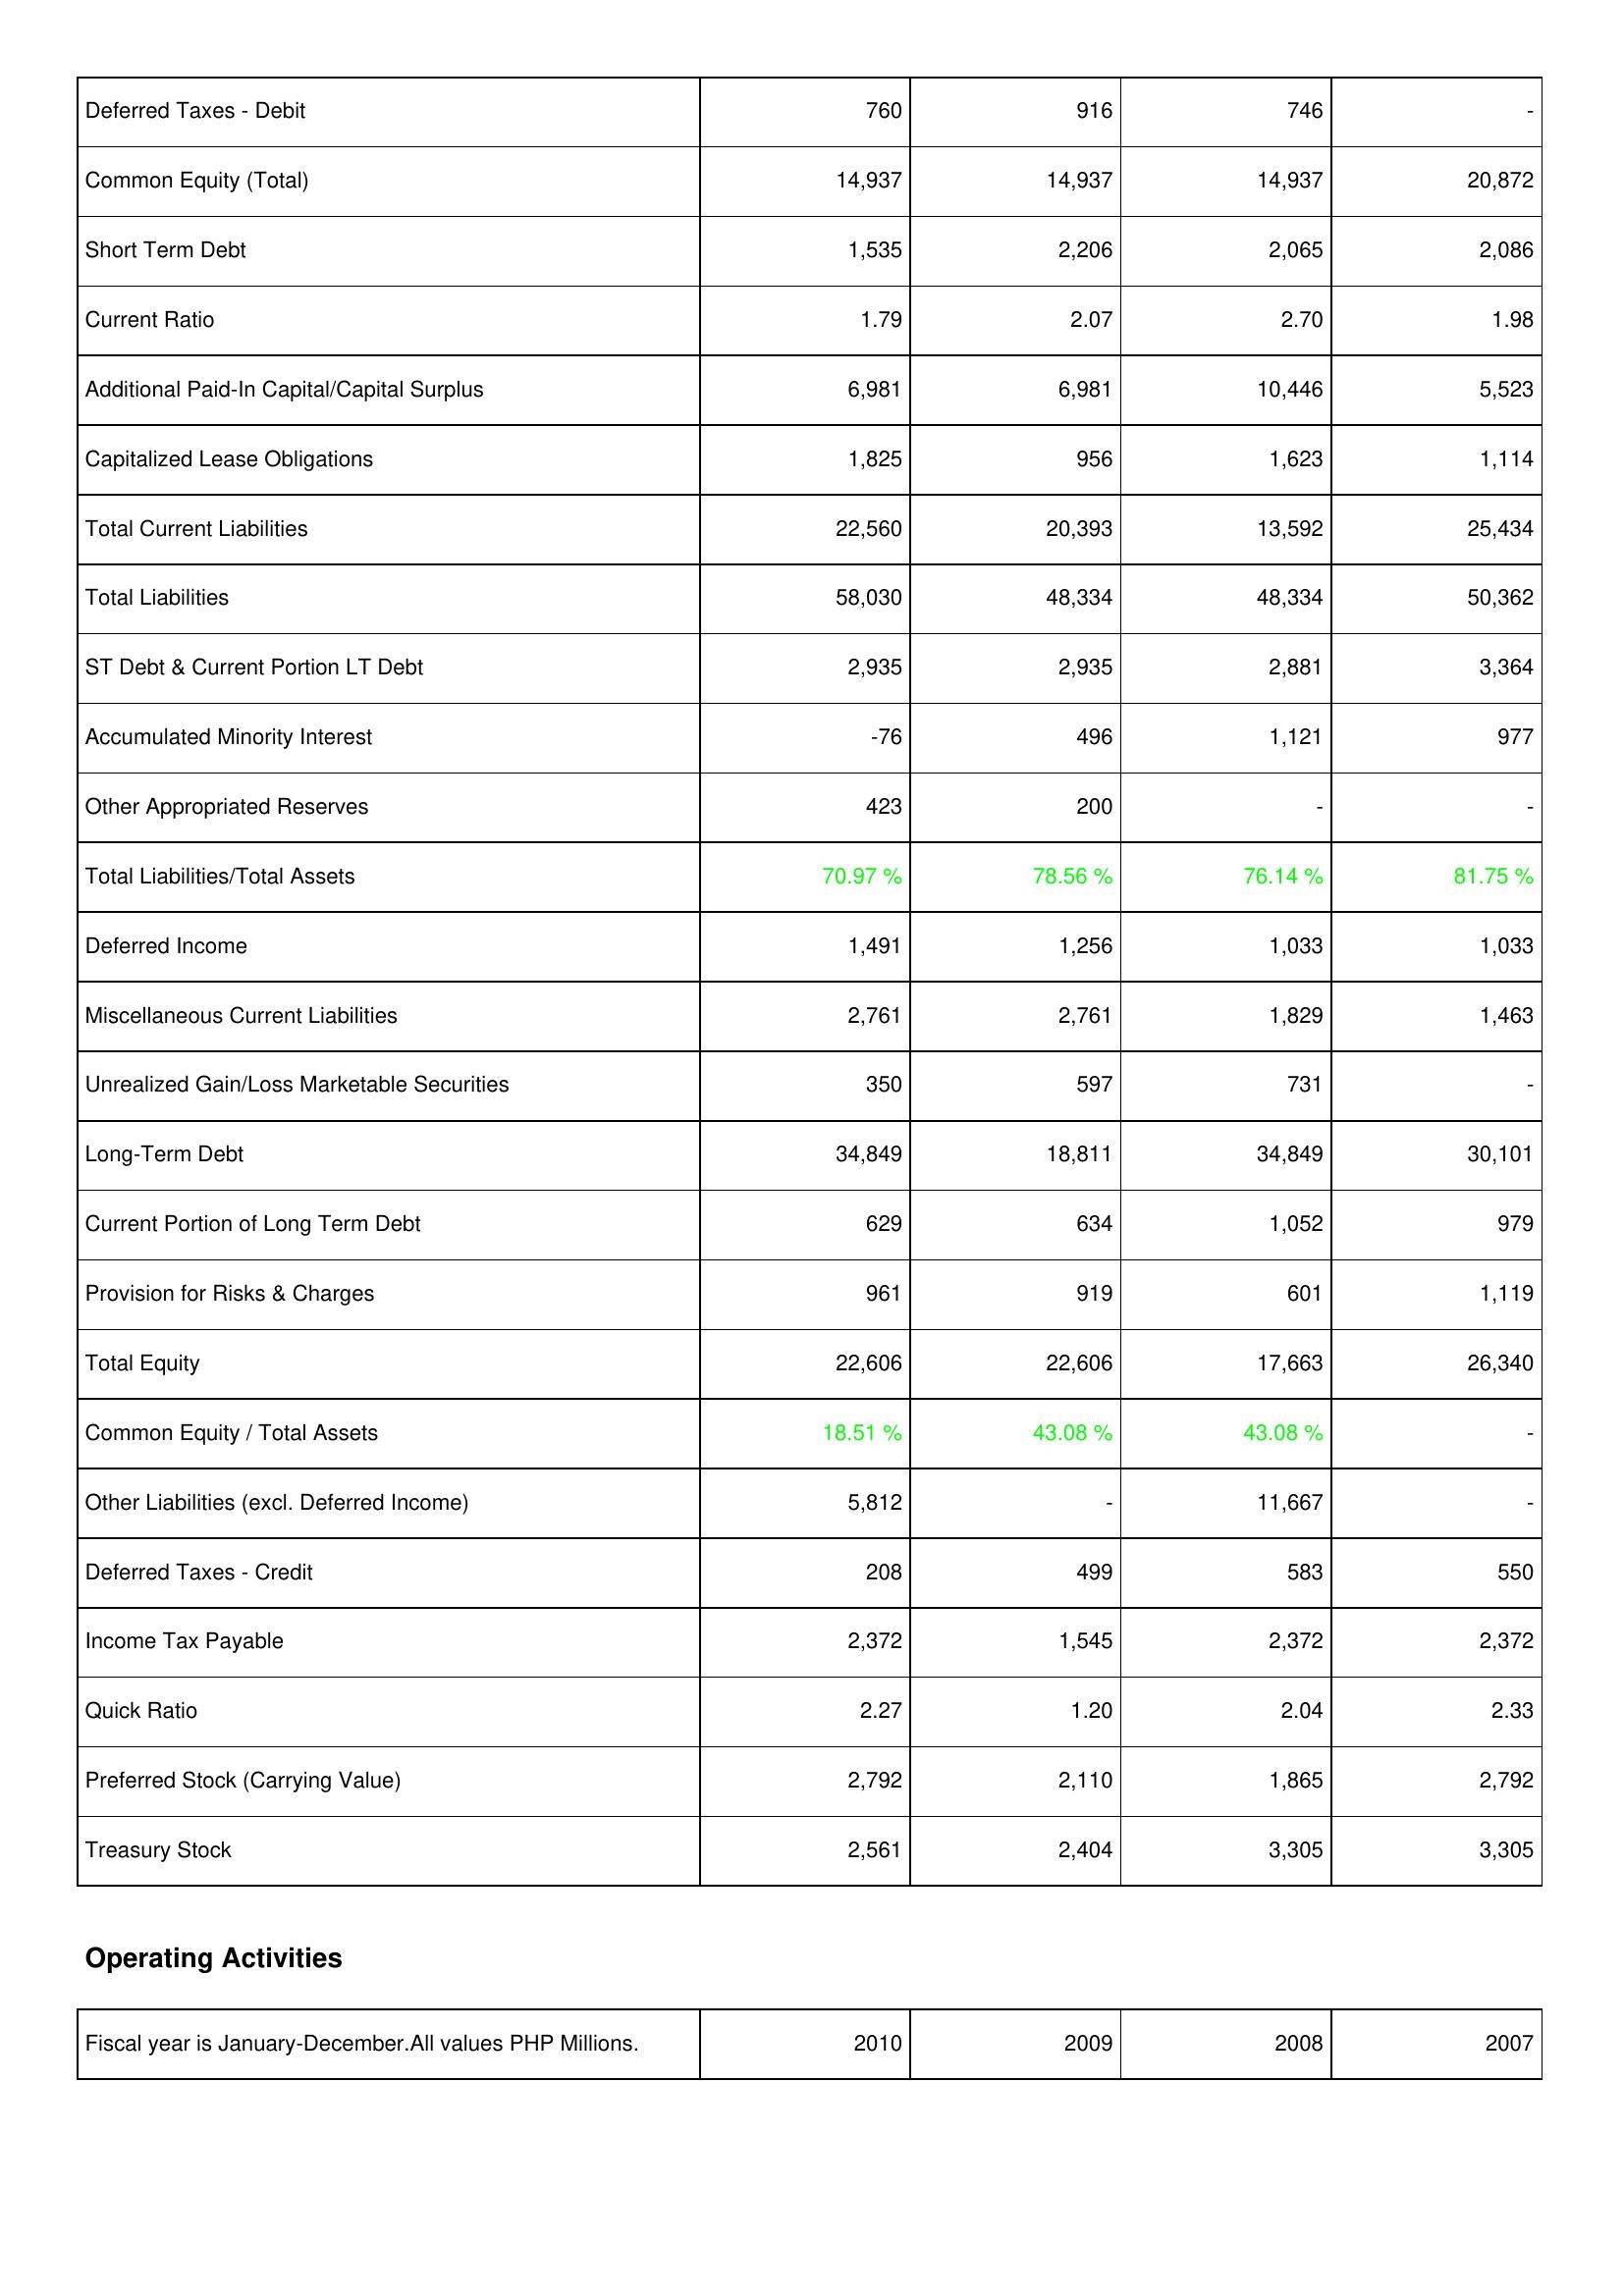
2010: Liabilities & Shareholders' Equity: Deferred Taxes - Debit: 760
Common Equity (Total): 14,937
Short Term Debt: 1,535
Current Ratio: 1.79
Additional Paid-In Capital/Capital Surplus: 6,981
Capitalized Lease Obligations: 1,825
Total Current Liabilities: 22,560
Total Liabilities: 58,030
ST Debt & Current Portion LT Debt: 2,935
Accumulated Minority Interest: -76
Other Appropriated Reserves: 423
Total Liabilities/Total Assets: 70.97 %
Deferred Income: 1,491
Miscellaneous Current Liabilities: 2,761
Unrealized Gain/Loss Marketable Securities: 350
Long-Term Debt: 34,849
Current Portion of Long Term Debt: 629
Provision for Risks & Charges: 961
Total Equity: 22,606
Common Equity / Total Assets: 18.51 %
Other Liabilities (excl. Deferred Income): 5,812
Deferred Taxes - Credit: 208
Income Tax Payable: 2,372
Quick Ratio: 2.27
Preferred Stock (Carrying Value): 2,792
Treasury Stock: 2,561
2009: Liabilities & Shareholders' Equity: Deferred Taxes - Debit: 916
Common Equity (Total): 14,937
Short Term Debt: 2,206
Current Ratio: 2.07
Additional Paid-In Capital/Capital Surplus: 6,981
Capitalized Lease Obligations: 956
Total Current Liabilities: 20,393
Total Liabilities: 48,334
ST Debt & Current Portion LT Debt: 2,935
Accumulated Minority Interest: 496
Other Appropriated Reserves: 200
Total Liabilities/Total Assets: 78.56 %
Deferred Income: 1,256
Miscellaneous Current Liabilities: 2,761
Unrealized Gain/Loss Marketable Securities: 597
Long-Term Debt: 18,811
Current Portion of Long Term Debt: 634
Provision for Risks & Charges: 919
Total Equity: 22,606
Common Equity / Total Assets: 43.08 %
Other Liabilities (excl. Deferred Income): -
Deferred Taxes - Credit: 499
Income Tax Payable: 1,545
Quick Ratio: 1.20
Preferred Stock (Carrying Value): 2,110
Treasury Stock: 2,404
2008: Liabilities & Shareholders' Equity: Deferred Taxes - Debit: 746
Common Equity (Total): 14,937
Short Term Debt: 2,065
Current Ratio: 2.70
Additional Paid-In Capital/Capital Surplus: 10,446
Capitalized Lease Obligations: 1,623
Total Current Liabilities: 13,592
Total Liabilities: 48,334
ST Debt & Current Portion LT Debt: 2,881
Accumulated Minority Interest: 1,121
Other Appropriated Reserves: -
Total Liabilities/Total Assets: 76.14 %
Deferred Income: 1,033
Miscellaneous Current Liabilities: 1,829
Unrealized Gain/Loss Marketable Securities: 731
Long-Term Debt: 34,849
Current Portion of Long Term Debt: 1,052
Provision for Risks & Charges: 601
Total Equity: 17,663
Common Equity / Total Assets: 43.08 %
Other Liabilities (excl. Deferred Income): 11,667
Deferred Taxes - Credit: 583
Income Tax Payable: 2,372
Quick Ratio: 2.04
Preferred Stock (Carrying Value): 1,865
Treasury Stock: 3,305
2007: Liabilities & Shareholders' Equity: Deferred Taxes - Debit: -
Common Equity (Total): 20,872
Short Term Debt: 2,086
Current Ratio: 1.98
Additional Paid-In Capital/Capital Surplus: 5,523
Capitalized Lease Obligations: 1,114
Total Current Liabilities: 25,434
Total Liabilities: 50,362
ST Debt & Current Portion LT Debt: 3,364
Accumulated Minority Interest: 977
Other Appropriated Reserves: -
Total Liabilities/Total Assets: 81.75 %
Deferred Income: 1,033
Miscellaneous Current Liabilities: 1,463
Unrealized Gain/Loss Marketable Securities: -
Long-Term Debt: 30,101
Current Portion of Long Term Debt: 979
Provision for Risks & Charges: 1,119
Total Equity: 26,340
Common Equity / Total Assets: -
Other Liabilities (excl. Deferred Income): -
Deferred Taxes - Credit: 550
Income Tax Payable: 2,372
Quick Ratio: 2.33
Preferred Stock (Carrying Value): 2,792
Treasury Stock: 3,305